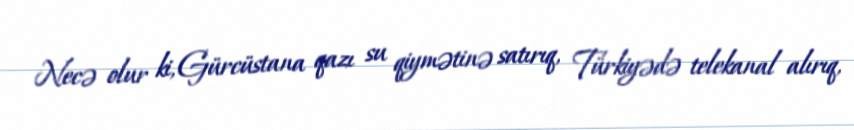
Necə olur ki, Gürcüstana qazı su qiymətinə satırıq, Türkiyədə telekanal alırıq,